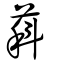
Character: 萪